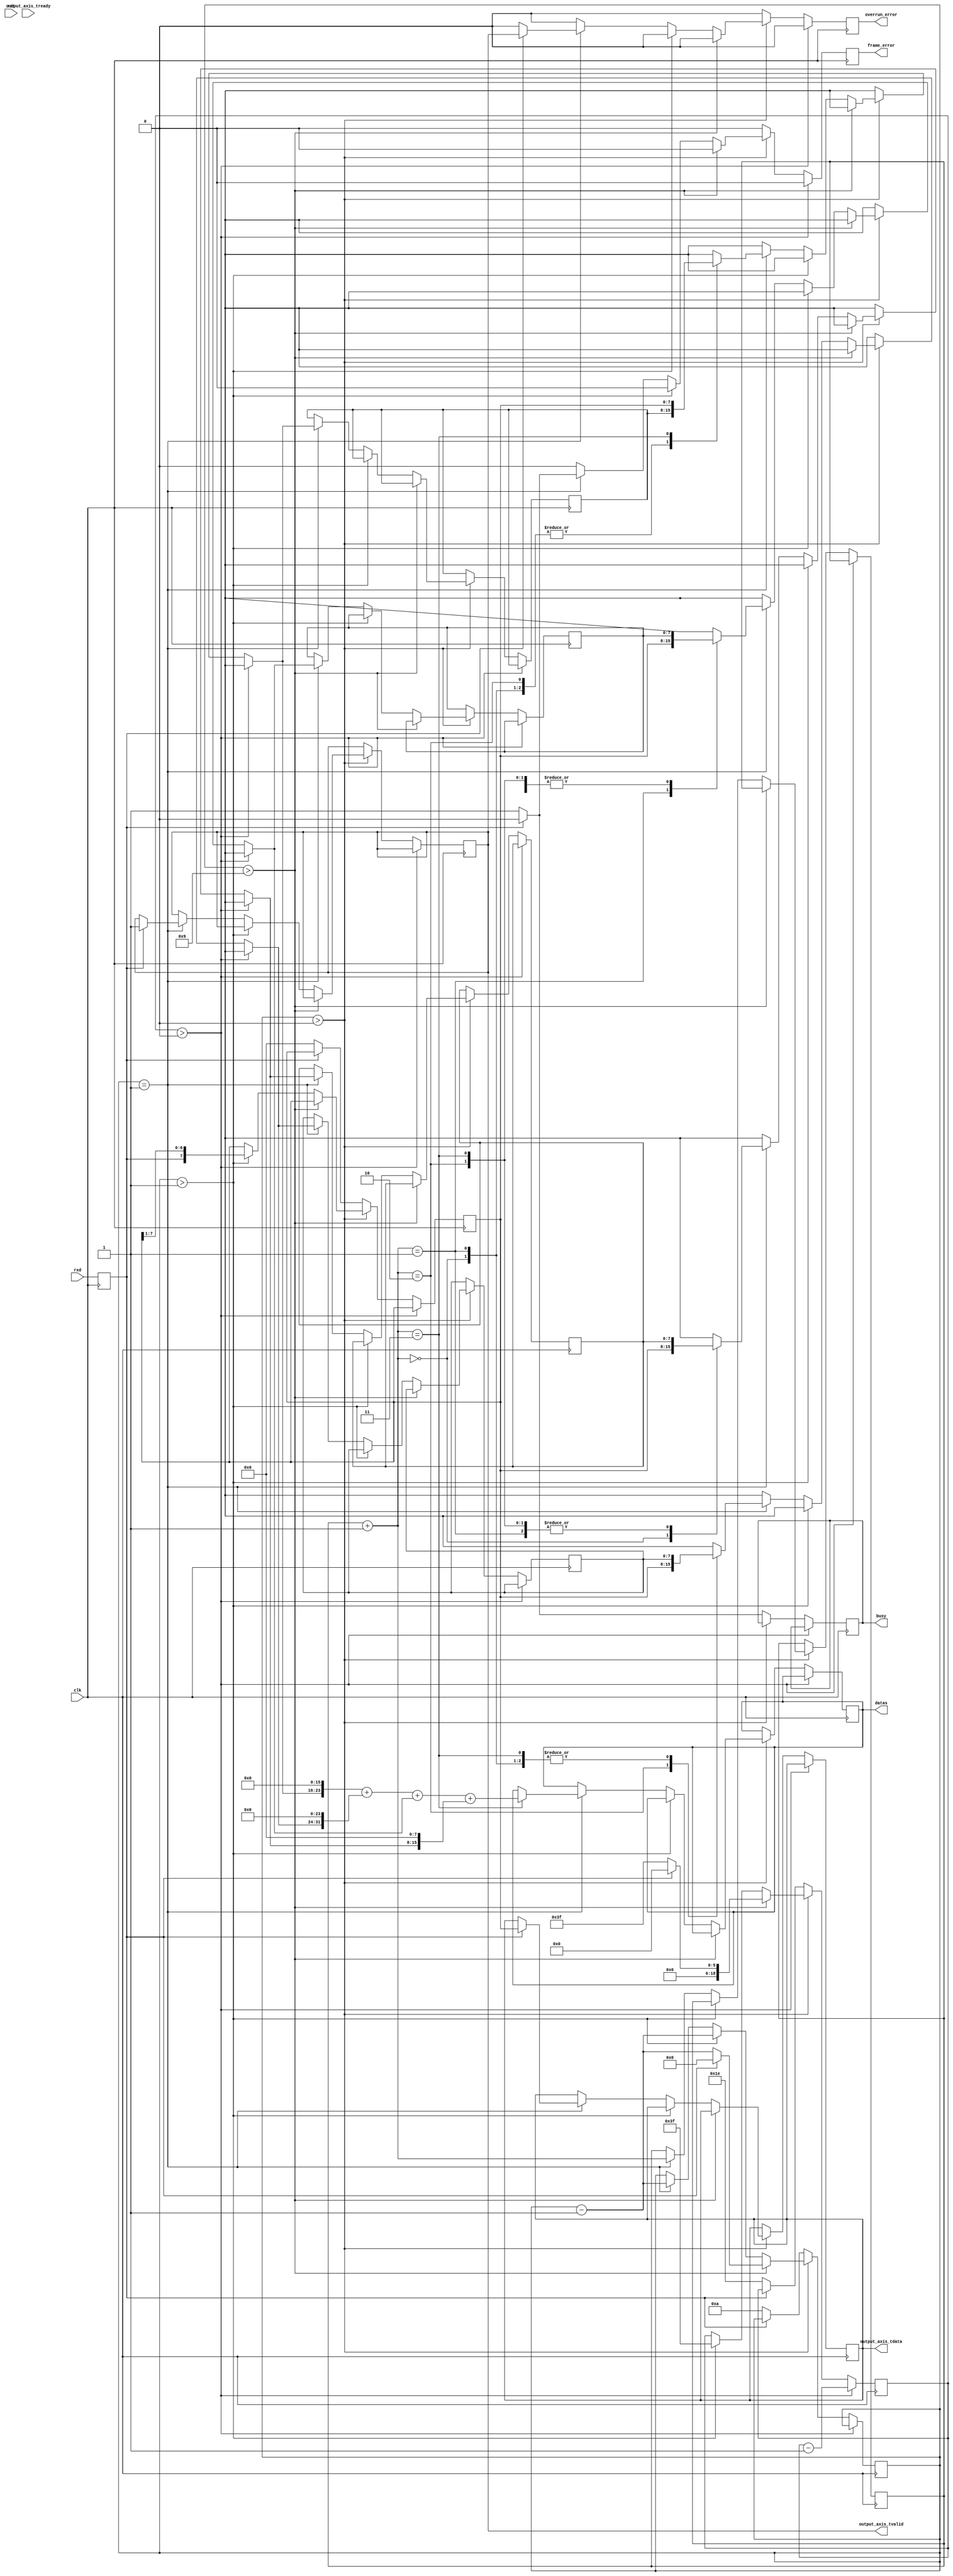
/*

Copyright (c) 2014-2016 Alex Forencich

Permission is hereby granted, free of charge, to any person obtaining a copy
of this software and associated documentation files (the "Software"), to deal
in the Software without restriction, including without limitation the rights
to use, copy, modify, merge, publish, distribute, sublicense, and/or sell
copies of the Software, and to permit persons to whom the Software is
furnished to do so, subject to the following conditions:

The above copyright notice and this permission notice shall be included in
all copies or substantial portions of the Software.

THE SOFTWARE IS PROVIDED "AS IS", WITHOUT WARRANTY OF ANY KIND, EXPRESS OR
IMPLIED, INCLUDING BUT NOT LIMITED TO THE WARRANTIES OF MERCHANTABILITY
FITNESS FOR A PARTICULAR PURPOSE AND NONINFRINGEMENT. IN NO EVENT SHALL THE
AUTHORS OR COPYRIGHT HOLDERS BE LIABLE FOR ANY CLAIM, DAMAGES OR OTHER
LIABILITY, WHETHER IN AN ACTION OF CONTRACT, TORT OR OTHERWISE, ARISING FROM,
OUT OF OR IN CONNECTION WITH THE SOFTWARE OR THE USE OR OTHER DEALINGS IN
THE SOFTWARE.

*/

// Language: Verilog 2001

`timescale 1ns / 1ps

/*
 * AXI4-Stream UART
 */
module uart_rx #
(
    parameter DATA_WIDTH = 8
)
(
    input  wire                   clk,
    input  wire                   rst,

    /*
     * AXI output
     */
    output wire [DATA_WIDTH-1:0]  output_axis_tdata,
    output wire                   output_axis_tvalid,
    input  wire                   output_axis_tready,

    /*
     * UART interface
     */
    input  wire                   rxd,

    /*
     * Status
     */
    output wire                   busy,
    output wire                   overrun_error,
    output wire                   frame_error,
	 output reg 			[31:0]	datas

    /*
     * Configuration
     */
  

);
localparam prescale=8;
reg [DATA_WIDTH-1:0] output_axis_tdata_reg = 0;
reg output_axis_tvalid_reg = 0;

reg rxd_reg = 1;

reg busy_reg = 0;
reg overrun_error_reg = 0;
reg frame_error_reg = 0;
reg [1:0] count=3;
reg [DATA_WIDTH-1:0] data_reg = 0;
reg [18:0] prescale_reg = 0;
reg [3:0] bit_cnt = 0;
reg [7:0] buffer [3:0] ;
assign output_axis_tdata = output_axis_tdata_reg;
assign output_axis_tvalid = output_axis_tvalid_reg;

assign busy = busy_reg;
assign overrun_error = overrun_error_reg;
assign frame_error = frame_error_reg;

always @(posedge clk) begin
        rxd_reg <= rxd;
        overrun_error_reg <= 0;
        frame_error_reg <= 0;

        if (prescale_reg > 0) begin
            prescale_reg <= prescale_reg - 1;
        end else if (bit_cnt > 0) begin
            if (bit_cnt > DATA_WIDTH+1) begin
                if (~rxd_reg) begin
                    bit_cnt <= bit_cnt - 1;
                    prescale_reg <= (prescale << 3)-1;
                end else begin
                    bit_cnt <= 0;
                    prescale_reg <= 0;
                end
            end else if (bit_cnt > 1) begin
                bit_cnt <= bit_cnt - 1;
                prescale_reg <= (prescale << 3)-1;
                data_reg <= {rxd_reg, data_reg[DATA_WIDTH-1:1]};
            end else if (bit_cnt == 1) begin
                bit_cnt <= bit_cnt - 1;
//						buffer[0]<=data_reg;
//						  buffer[1]<=buffer[0];
//						  buffer[2]<=buffer[1];
//						  buffer[3]<=buffer[2];
							count=count+1;
						  buffer[count]=data_reg;
						  if (count==3) begin
								datas <= ((buffer[3]<<16)+(buffer[2]<<24)+(buffer[1])+(buffer[0]<<8));
							end
						
                if (rxd_reg) begin
                    output_axis_tdata_reg <= data_reg;
                    output_axis_tvalid_reg <= 1;
                    overrun_error_reg <= output_axis_tvalid_reg;
                end else begin
                    frame_error_reg <= 1;
                end
            end
        end else begin
						  
            busy_reg <= 0;
            if (~rxd_reg) begin
                prescale_reg <= (prescale << 2)-2;
                bit_cnt <= DATA_WIDTH+2;
                data_reg <= 0;
                busy_reg <= 1;
            end
        end
   
end

endmodule